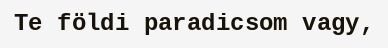
Te földi paradicsom vagy,